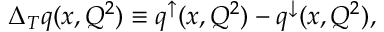
\Delta _ { T } q ( x , Q ^ { 2 } ) \equiv q ^ { \uparrow } ( x , Q ^ { 2 } ) - q ^ { \downarrow } ( x , Q ^ { 2 } ) ,